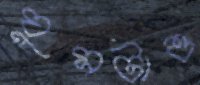
ঘুমটাও